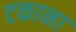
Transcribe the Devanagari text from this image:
टकाना